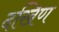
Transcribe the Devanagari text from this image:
दखिण